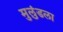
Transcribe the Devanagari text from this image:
मुलुंडला